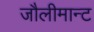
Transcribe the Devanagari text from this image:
जौलीमान्‍ट